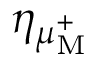
\eta _ { \mu _ { \mathrm { M } } ^ { + } }